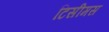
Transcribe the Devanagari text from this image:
टिसीमस